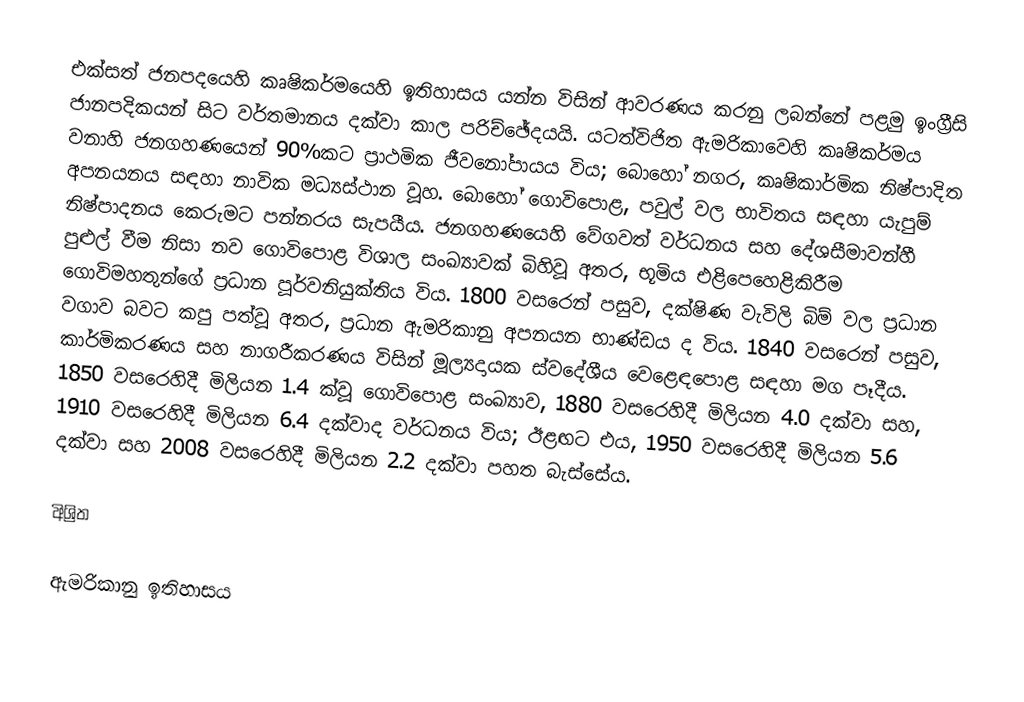
එක්සත් ජනපදයෙහි කෘෂිකර්මයෙහි ඉතිහාසය යන්න විසින් ආවරණය කරනු ලබන්නේ පළමු ඉංග්‍රීසි ජානපදිකයන් සිට වර්තමානය දක්වා කාල පරිච්ඡේදයයි. යටත්විජිත ඇමරිකාවෙහි කෘෂිකර්මය වනාහි ජනගහණයෙන් 90%කට ප්‍රාථමික ජීවනෝපායය විය; බොහෝ නගර, කෘෂිකාර්මික නිෂ්පාදිත අපනයනය  සඳහා නාවික මධ්‍යස්ථාන වූහ. බොහෝ ගොවිපොළ, පවුල් වල භාවිතය සඳහා යැපුම් නිෂ්පාදනය කෙරුමට පන්නරය සැපයීය.  ජනගහණයෙහි වේගවත් වර්ධනය සහ දේශසීමාවන්හී පුළුල් වීම නිසා නව ගොවිපොළ විශාල සංඛ්‍යාවක් බිහිවූ අතර, භූමිය එළිපෙහෙළිකිරීම ගොවිමහතුන්ගේ ප්‍රධාන පූර්වනියුක්තිය විය. 1800 වසරෙන් පසුව, දක්ෂිණ වැවිලි බිම් වල ප්‍රධාන වගාව බවට කපු පත්වූ අතර, ප්‍රධාන ඇමරිකානු අපනයන භාණ්ඩය ද විය.  1840 වසරෙන් පසුව, කාර්මිකරණය සහ නාගරීකරණය විසින් මූල්‍යදායක ස්වදේශීය වෙළෙඳපොළ සඳහා මග පෑදීය. 1850 වසරෙහිදී මිලියන 1.4 ක්වූ ගොවිපොළ සංඛ්‍යාව, 1880 වසරෙහිදී මිලියන 4.0 දක්වා සහ, 1910 වසරෙහිදී මිලියන 6.4 දක්වාද වර්ධනය විය; ඊළඟට එය, 1950 වසරෙහිදී මිලියන 5.6 දක්වා සහ  2008 වසරෙහිදී මිලියන 2.2  දක්වා පහත බැස්සේය.

අිශ්‍රිත

ඇමරිකානු ඉතිහාසය